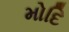
મોદિ